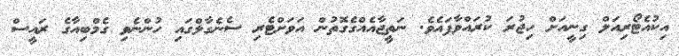
އިކުއެޓޯރިއަލް ގިނީއަށް ހިޖުރަ ކުރައްވާފައެވެ. ނަތީޖާއެއްގެގޮތުން އަވަށްޓެރި ސެނެގާލްގައި ހުންނެވި ގެމްބިއާގެ ރައީސް